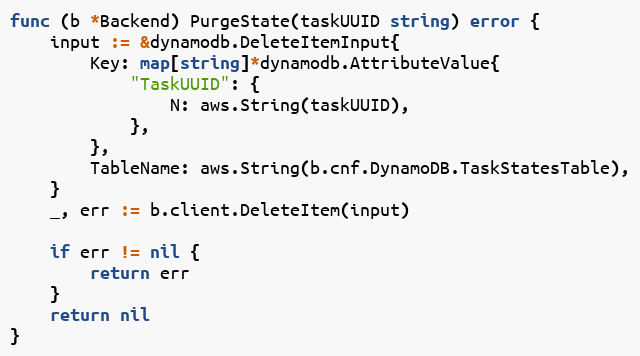
Language: Go
func (b *Backend) PurgeState(taskUUID string) error {
	input := &dynamodb.DeleteItemInput{
		Key: map[string]*dynamodb.AttributeValue{
			"TaskUUID": {
				N: aws.String(taskUUID),
			},
		},
		TableName: aws.String(b.cnf.DynamoDB.TaskStatesTable),
	}
	_, err := b.client.DeleteItem(input)

	if err != nil {
		return err
	}
	return nil
}